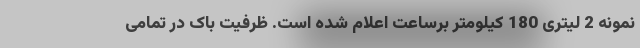
نمونه 2 لیتری 180 کیلومتر برساعت اعلام شده است. ظرفیت باک در تمامی